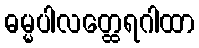
ဓမ္မပါလတ္ထေရဂါထာ